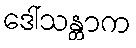
ဒေါ်သန္တာက